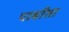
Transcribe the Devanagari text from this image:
पाबाँसा